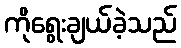
ကိုရွေးချယ်ခဲ့သည်